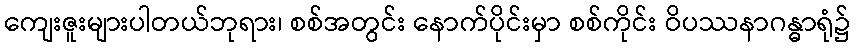
ကျေးဇူးများပါတယ်ဘုရား၊ စစ်အတွင်း နောက်ပိုင်းမှာ စစ်ကိုင်း ဝိပဿနာဂန္ဓာရုံ၌